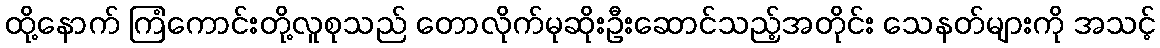
ထို့နောက် ကြံကောင်းတို့လူစုသည် တောလိုက်မုဆိုးဦးဆောင်သည့်အတိုင်း သေနတ်များကို အသင့်